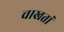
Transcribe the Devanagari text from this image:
चाखतां